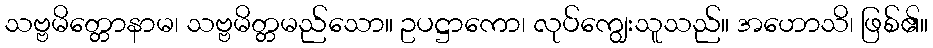
သဗ္ဗမိတ္တောနာမ၊ သဗ္ဗမိတ္တမည်သော။ ဥပဋ္ဌာကော၊ လုပ်ကျွေးသူသည်။ အဟောသိ၊ ဖြစ်၏။